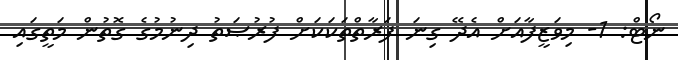
ނޯޓް: 1- މިވަޒީފާއަށް އެދޭ ގިނަ ފަރާތްތަކަކަށް ފުރުޞަތު ދިނުމުގެ ގޮތުން މަތީގައި